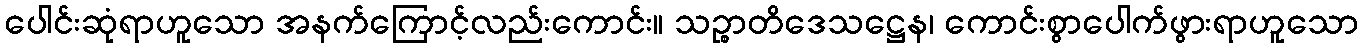
ပေါင်းဆုံရာဟူသော အနက်ကြောင့်လည်းကောင်း။ သဉ္စာတိဒေသဋ္ဌေန၊ ကောင်းစွာပေါက်ဖွားရာဟူသော